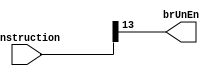
//Universidad Galileo
//Rodrigo Cordero
//Kevin Hernandez
//Terminado

module branchUnsignedControll(instruction, brUnEn);
  input [31:0] instruction;
  output brUnEn;
  assign brUnEn = instruction[13];
endmodule